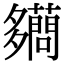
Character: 𧃪